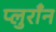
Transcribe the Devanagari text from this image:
प्लुराँन